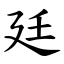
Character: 廷